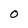
Character: O